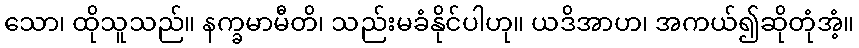
သော၊ ထိုသူသည်။ နက္ခမာမီတိ၊ သည်းမခံနိုင်ပါဟု။ ယဒိအာဟ၊ အကယ်၍ဆိုတုံအံ့။